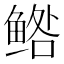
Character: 𱇼